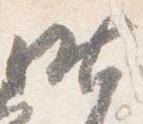
昨